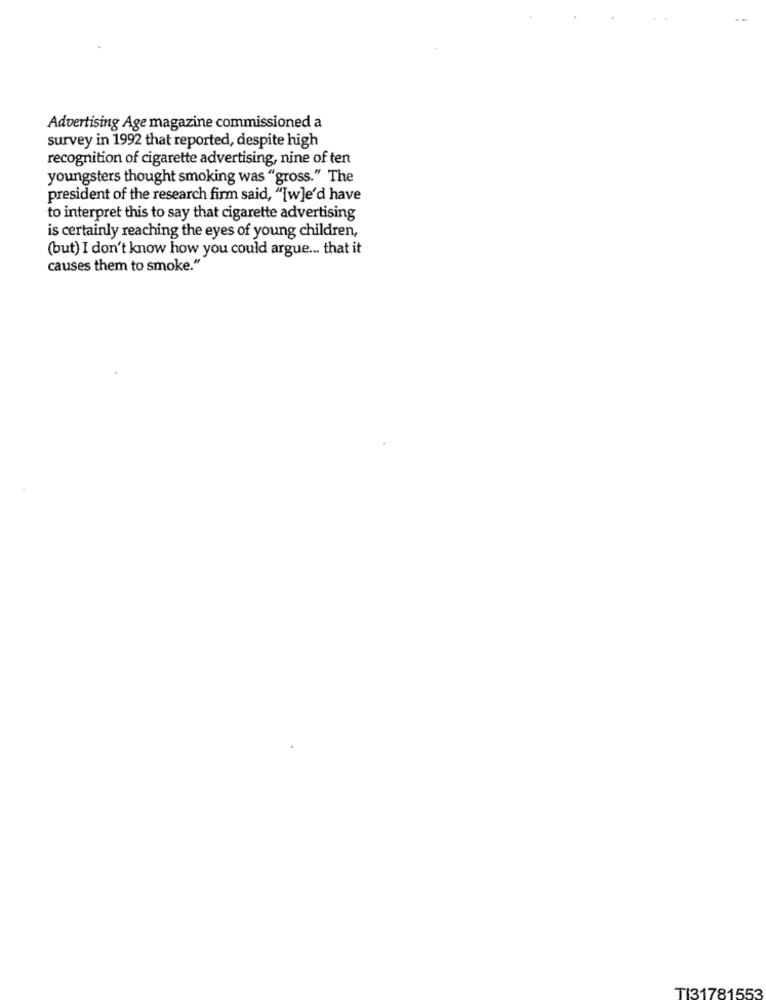
Advertising Age magazine commissioned a
survey in 1992 that reported, despite high
recognition of cigarette advertising, nine of ten
youngsters thought smoking was "gross." The
president of the research firm said, "[w]e'd have
to interpret this to say that cigarette advertising
is certainly reaching the eyes of young children,
(but) I don't know how you could argue ... that it
causes them to smoke."
TI31781553